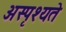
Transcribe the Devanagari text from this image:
अस्पृश्यते